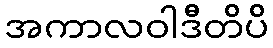
အကာလဝါဒီတိပိ